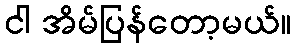
ငါ အိမ်ပြန်တော့မယ်။